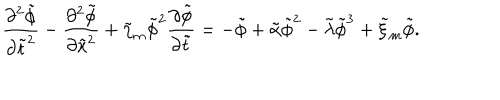
\frac { \partial ^ { 2 } \tilde { \phi } } { \partial \tilde { t } ^ { 2 } } - \frac { \partial ^ { 2 } \tilde { \phi } } { \partial \tilde { x } ^ { 2 } } + \tilde { \eta } _ { m } \tilde { \phi } ^ { 2 } \frac { \partial \tilde { \phi } } { \partial \tilde { t } } = - \tilde { \phi } + \tilde { \alpha } \tilde { \phi } ^ { 2 } - \tilde { \lambda } \tilde { \phi } ^ { 3 } + \tilde { \xi } _ { m } \tilde { \phi } .